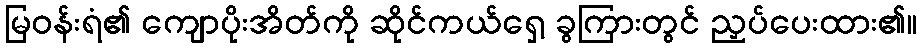
မြဝန်းရံ၏ ကျောပိုးအိတ်ကို ဆိုင်ကယ်ရှေ့ ခွကြားတွင် ညှပ်ပေးထား၏။